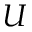
U